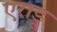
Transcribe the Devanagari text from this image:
एराडू